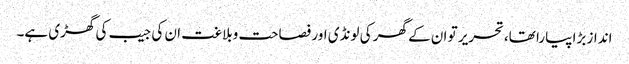
انداز بڑا پیارا تھا،تحریر تو ان کے گھر کی لونڈی اور فصاحت وبلاغت ان کی جیب کی گھڑی ہے۔